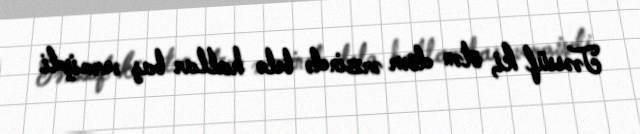
Təəssüf ki, ötən dövr ərzində belə hallar baş vermişdi.